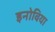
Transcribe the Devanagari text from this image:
इनोविया